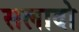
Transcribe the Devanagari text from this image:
सलादो